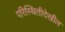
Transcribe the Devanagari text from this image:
परिस्थितीदेखील